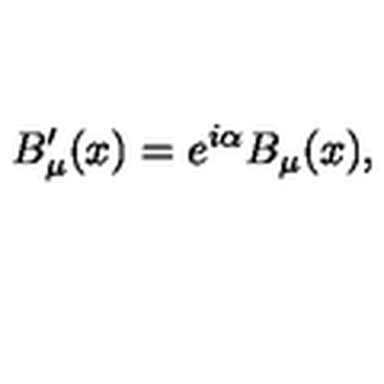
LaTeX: B _ { \mu } ^ { \prime } ( x ) = e ^ { i \alpha } B _ { \mu } ( x ) ,